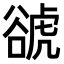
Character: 𧮽